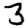
Digit: 3